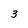
Character: 3